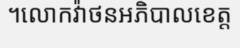
។លោកវ៉ាថនអភិបាលខេត្ត